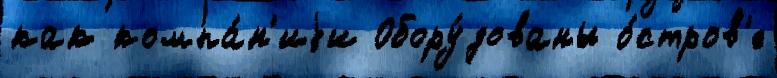
как компа́н'иjи Обору́дованы о́стров'е